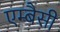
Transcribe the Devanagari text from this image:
एम्बैसी